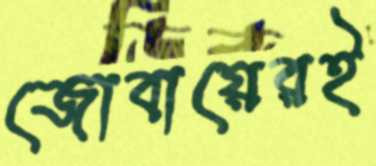
জোবায়েরই